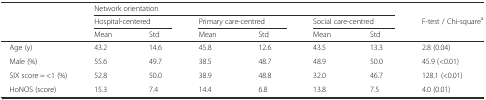
<table><thead><tr><td></td><td colspan="6"><b>Network orientation</b></td><td></td></tr><tr><td></td><td colspan="2"><b>Hospital-centered</b></td><td colspan="2"><b>Primary care-centred</b></td><td colspan="2"><b>Social care-centred</b></td><td><b>F-test / Chi-square<sup>a</sup></b></td></tr><tr><td></td><td><b>Mean</b></td><td><b>Std</b></td><td><b>Mean</b></td><td><b>Std</b></td><td><b>Mean</b></td><td><b>Std</b></td><td></td></tr></thead><tbody><tr><td> Age (y)</td><td>43.2</td><td>14.6</td><td>45.8</td><td>12.6</td><td>43.5</td><td>13.3</td><td>2.8 (0.04)</td></tr><tr><td> Male (%)</td><td>55.6</td><td>49.7</td><td>38.5</td><td>48.7</td><td>48.9</td><td>50.0</td><td>45.9 (&lt;0.01)</td></tr><tr><td> SIX score = &lt;1 (%)</td><td>52.8</td><td>50.0</td><td>38.9</td><td>48.8</td><td>32.0</td><td>46.7</td><td>128.1 (&lt;0.01)</td></tr><tr><td> HoNOS (score)</td><td>15.3</td><td>7.4</td><td>14.4</td><td>6.8</td><td>13.8</td><td>7.5</td><td>4.0 (0.01)</td></tr></tbody></table>